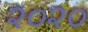
૨૦૨૦